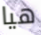
هيا